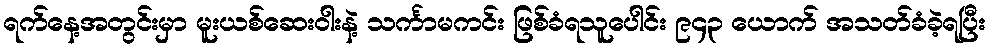
ရက်နေ့အတွင်းမှာ မူးယစ်ဆေးဝါးနဲ့ သင်္ကာမကင်း ဖြစ်ခံရသူပေါင်း ၉၄၃ ယောက် အသတ်ခံခဲ့ရပြီး